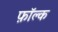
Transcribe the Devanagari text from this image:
फ़ॉल्क